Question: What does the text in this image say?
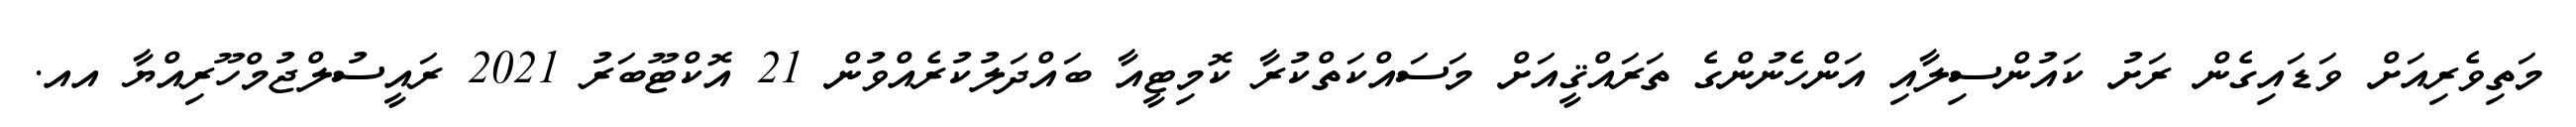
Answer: މަތިވެރިއަށް ވަޑައިގެން ރަށު ކައުންސިލާއި އަންހެނުންގެ ތަރައްޤީއަށް މަސައްކަތްކުރާ ކޮމިޓީއާ ބައްދަލުކުރެއްވުން 21 އޮކްޓޫބަރު 2021 ރައީސުލްޖުމްހޫރިއްޔާ އއ.